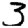
Digit: 3